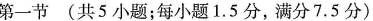
第一节 (共 5小题；每小题1.5 分，满分7.5 分)